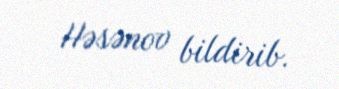
Həsənov bildirib.